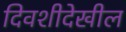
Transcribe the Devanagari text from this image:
दिवशीदेखील